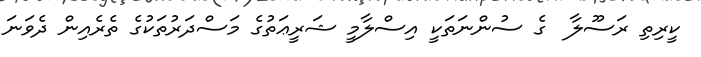
ކީރިތި ރަސޫލާ  ގެ ސުންނަތަކީ އިސްލާމީ ޝަރީޢަތުގެ މަސްދަރުތަކުގެ ތެރެއިން ދެވަނަ